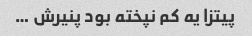
پیتزا یه کم نپخته بود پنیرش …